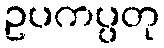
ဥပကပ္ပတု